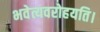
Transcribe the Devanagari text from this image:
भवेत्यवरोहयति।